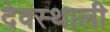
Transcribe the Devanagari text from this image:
देवस्थाली